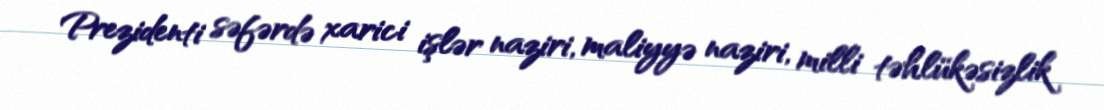
Prezidenti səfərdə xarici işlər naziri, maliyyə naziri, milli təhlükəsizlik